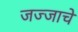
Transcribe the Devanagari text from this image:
जज्जाचे